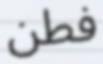
فطن